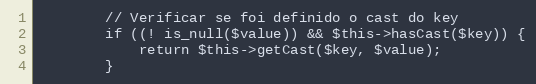
Language: PHP
        // Verificar se foi definido o cast do key
        if ((! is_null($value)) && $this->hasCast($key)) {
            return $this->getCast($key, $value);
        }